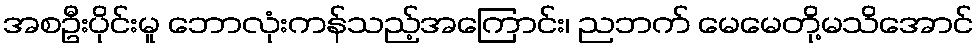
အစဦးပိုင်းမူ ဘောလုံးကန်သည့်အကြောင်း၊ ညဘက် မေမေတို့မသိအောင်